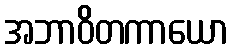
အဘာဝိတကာယော